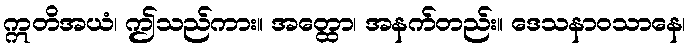
ဣတိအယံ၊ ဤသည်ကား။ အတ္ထော၊ အနက်တည်း။ ဒေသနာဝသာနေ၊